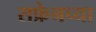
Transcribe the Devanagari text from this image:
सफ्रेनच्या